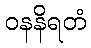
ဝနနိရတံ